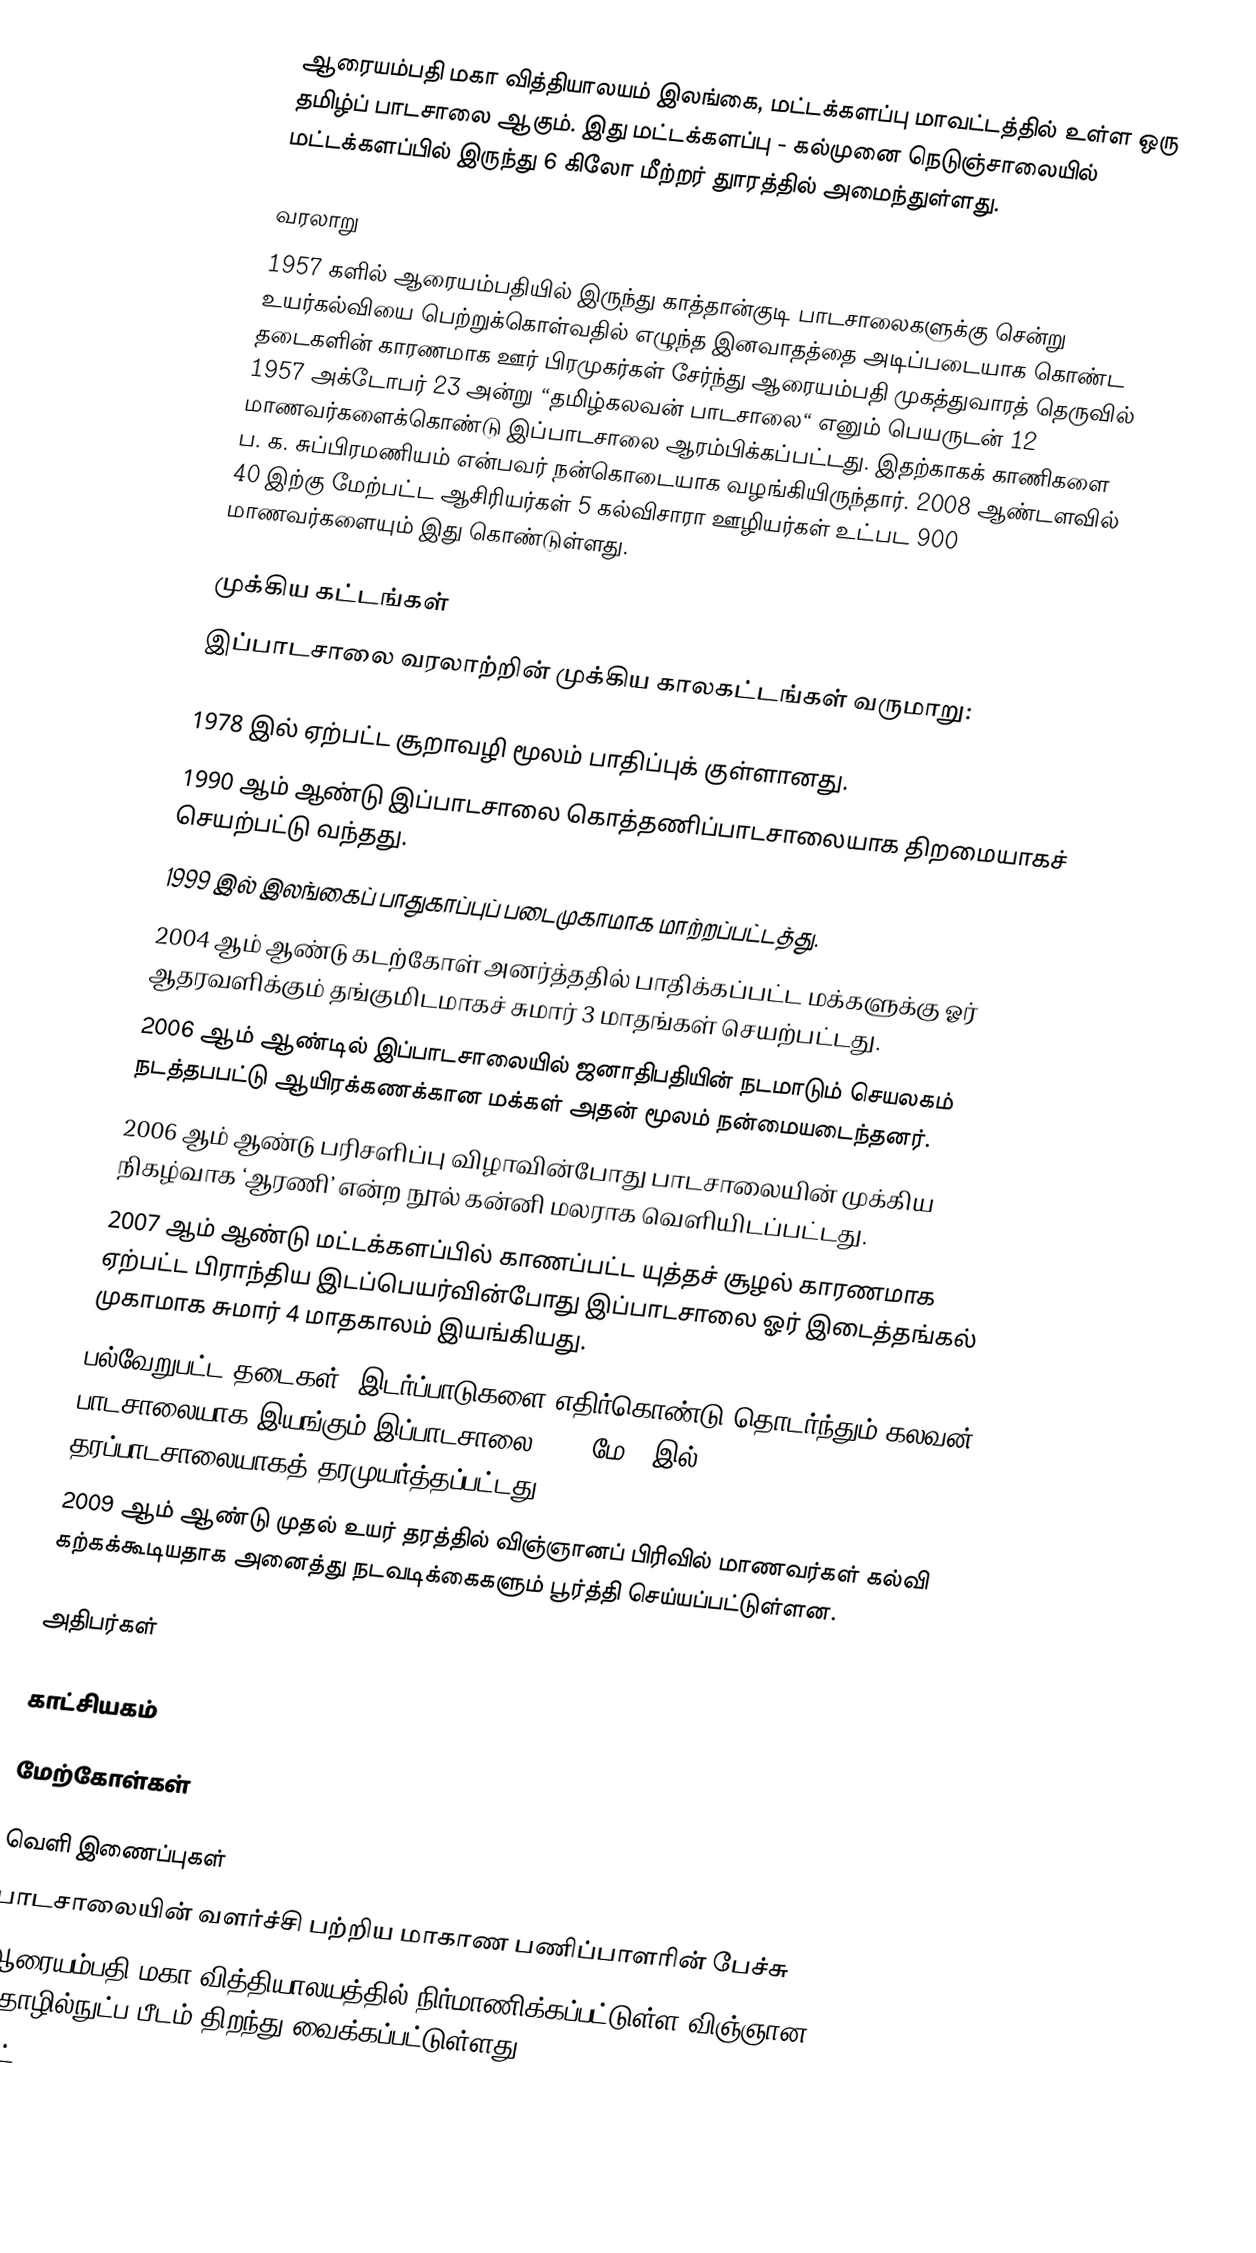
ஆரையம்பதி மகா வித்தியாலயம் இலங்கை, மட்டக்களப்பு மாவட்டத்தில் உள்ள ஒரு தமிழ்ப் பாடசாலை ஆகும். இது மட்டக்களப்பு - கல்முனை நெடுஞ்சாலையில் மட்டக்களப்பில் இருந்து 6 கிலோ மீற்றர் துாரத்தில் அமைந்துள்ளது.

வரலாறு
1957 களில் ஆரையம்பதியில் இருந்து காத்தான்குடி பாடசாலைகளுக்கு சென்று உயர்கல்வியை பெற்றுக்கொள்வதில் எழுந்த இனவாதத்தை அடிப்படையாக கொண்ட தடைகளின் காரணமாக ஊர் பிரமுகர்கள் சேர்ந்து ஆரையம்பதி முகத்துவாரத் தெருவில் 1957 அக்டோபர் 23 அன்று “தமிழ்கலவன் பாடசாலை“ எனும் பெயருடன் 12 மாணவர்களைக்கொண்டு இப்பாடசாலை ஆரம்பிக்கப்பட்டது. இதற்காகக் காணிகளை ப. க. சுப்பிரமணியம் என்பவர் நன்கொடையாக வழங்கியிருந்தார். 2008 ஆண்டளவில் 40 இற்கு மேற்பட்ட ஆசிரியர்கள் 5 கல்விசாரா ஊழியர்கள் உட்பட 900 மாணவர்களையும் இது கொண்டுள்ளது.

முக்கிய கட்டங்கள்
இப்பாடசாலை வரலாற்றின் முக்கிய காலகட்டங்கள் வருமாறு:

1978 இல் ஏற்பட்ட சூறாவழி மூலம் பாதிப்புக் குள்ளானது.
1990 ஆம் ஆண்டு இப்பாடசாலை கொத்தணிப்பாடசாலையாக திறமையாகச் செயற்பட்டு வந்தது.
1999 இல் இலங்கைப் பாதுகாப்புப் படைமுகாமாக மாற்றப்பட்டத்து.
2004 ஆம் ஆண்டு கடற்கோள் அனர்த்ததில் பாதிக்கப்பட்ட மக்களுக்கு ஓர் ஆதரவளிக்கும் தங்குமிடமாகச் சுமார் 3 மாதங்கள் செயற்பட்டது.
2006 ஆம் ஆண்டில் இப்பாடசாலையில் ஜனாதிபதியின் நடமாடும் செயலகம் நடத்தபபட்டு ஆயிரக்கணக்கான மக்கள் அதன் மூலம் நன்மையடைந்தனர்.
2006 ஆம் ஆண்டு பரிசளிப்பு விழாவின்போது பாடசாலையின் முக்கிய நிகழ்வாக ‘ஆரணி’ என்ற நூல் கன்னி மலராக வெளியிடப்பட்டது.
2007 ஆம் ஆண்டு மட்டக்களப்பில் காணப்பட்ட யுத்தச் சூழல் காரணமாக ஏற்பட்ட பிராந்திய இடப்பெயர்வின்போது இப்பாடசாலை ஓர் இடைத்தங்கல் முகாமாக சுமார் 4 மாதகாலம் இயங்கியது.
பல்வேறுபட்ட தடைகள், இடர்ப்பாடுகளை எதிர்கொண்டு தொடர்ந்தும் கலவன் பாடசாலையாக இயங்கும் இப்பாடசாலை 2005 மே 1 இல் 1AB தரப்பாடசாலையாகத் தரமுயர்த்தப்பட்டது.
2009 ஆம் ஆண்டு முதல் உயர் தரத்தில் விஞ்ஞானப் பிரிவில் மாணவர்கள் கல்வி கற்கக்கூடியதாக அனைத்து நடவடிக்கைகளும் பூர்த்தி செய்யப்பட்டுள்ளன.

அதிபர்கள்

காட்சியகம்

மேற்கோள்கள்

வெளி இணைப்புகள்
 பாடசாலையின் வளர்ச்சி பற்றிய மாகாண பணிப்பாளரின் பேச்சு
 ஆரையம்பதி மகா வித்தியாலயத்தில் நிர்மாணிக்கப்பட்டுள்ள விஞ்ஞான தொழில்நுட்ப பீடம் திறந்து வைக்கப்பட்டுள்ளது
 மட்